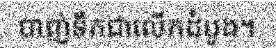
បាញ់ទឹកជាលើកដំបូង។